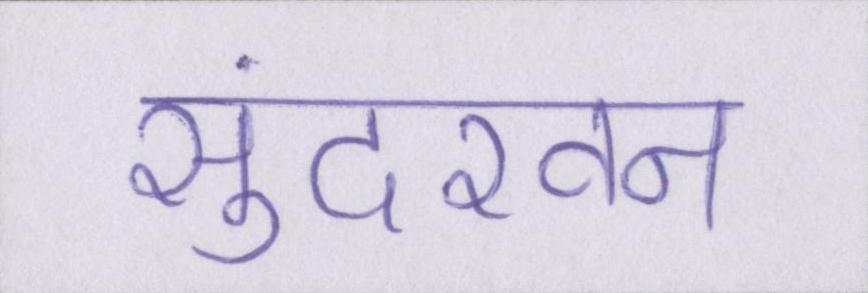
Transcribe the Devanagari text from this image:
सुंदरवन